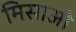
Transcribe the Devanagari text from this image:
मिसाओ